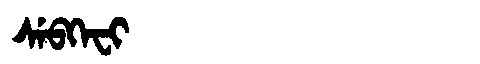
Manchu: ᠰᡝᠪᡴᡝᠸᡳ
Romanization: SEBKEFI